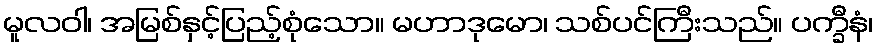
မူလဝါ၊ အမြစ်နှင့်ပြည့်စုံသော။ မဟာဒုမော၊ သစ်ပင်ကြီးသည်။ ပက္ခီနံ၊